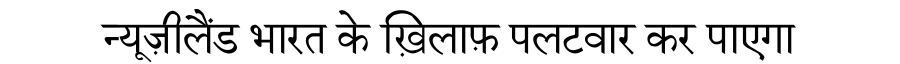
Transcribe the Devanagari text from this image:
न्यूज़ीलैंड भारत के ख़िलाफ़ पलटवार कर पाएगा